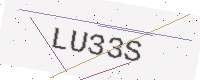
Text: LU33S